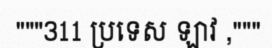
"""311 ប្រទេស ឡាវ ,"""